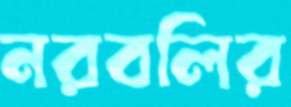
নরবলির